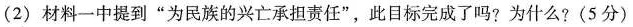
(2) 材料一中提到”为民族的兴亡承担责任”，此目标完成了吗?为什么? (5分)